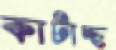
কাটাচ্ছ